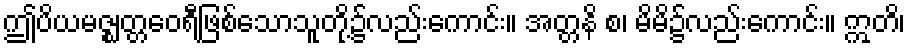
ဤပိယမဇ္ဈတ္တဝေရီဖြစ်သောသူတို့၌လည်းကောင်း။ အတ္တနိ စ၊ မိမိ၌လည်းကောင်း။ ဣတိ၊